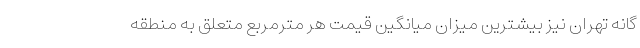
گانه تهران نیز بیشترین میزان میانگین قیمت هر مترمربع متعلق به منطقه